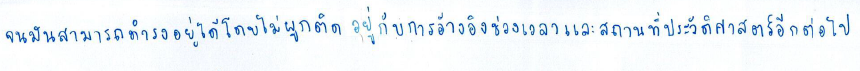
จนมันสามารถดำรงอยู่ได้โดยไม่ผูกติดอยู่กับการอ้างอิงช่วงเวลาและสถานที่ในประวัติศาสตร์อีกต่อไป